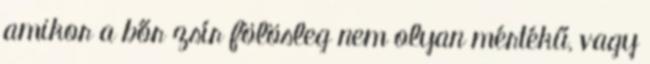
amikor a bőr zsír fölösleg nem olyan mértékű, vagy